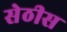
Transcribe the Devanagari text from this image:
सेठीस